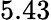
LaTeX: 5.43